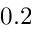
0 . 2